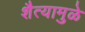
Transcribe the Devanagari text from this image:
शैत्यामुळे